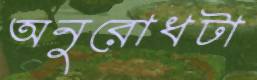
অনুরোধটা